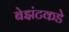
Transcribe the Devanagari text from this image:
बेझंटकडे